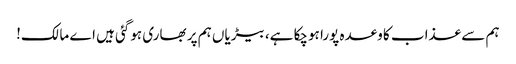
ہم سے عذاب کا وعدہ پورا ہوچکا ہے، بیڑیاں ہم پر بھاری ہوگئی ہیں اے مالک!